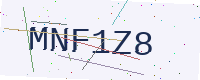
Text: MNF1Z8